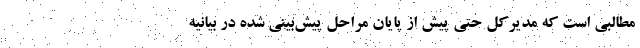
مطالبی است که مدیرکل حتی پیش از پایان مراحل پیش‌بینی شده در بیانیه